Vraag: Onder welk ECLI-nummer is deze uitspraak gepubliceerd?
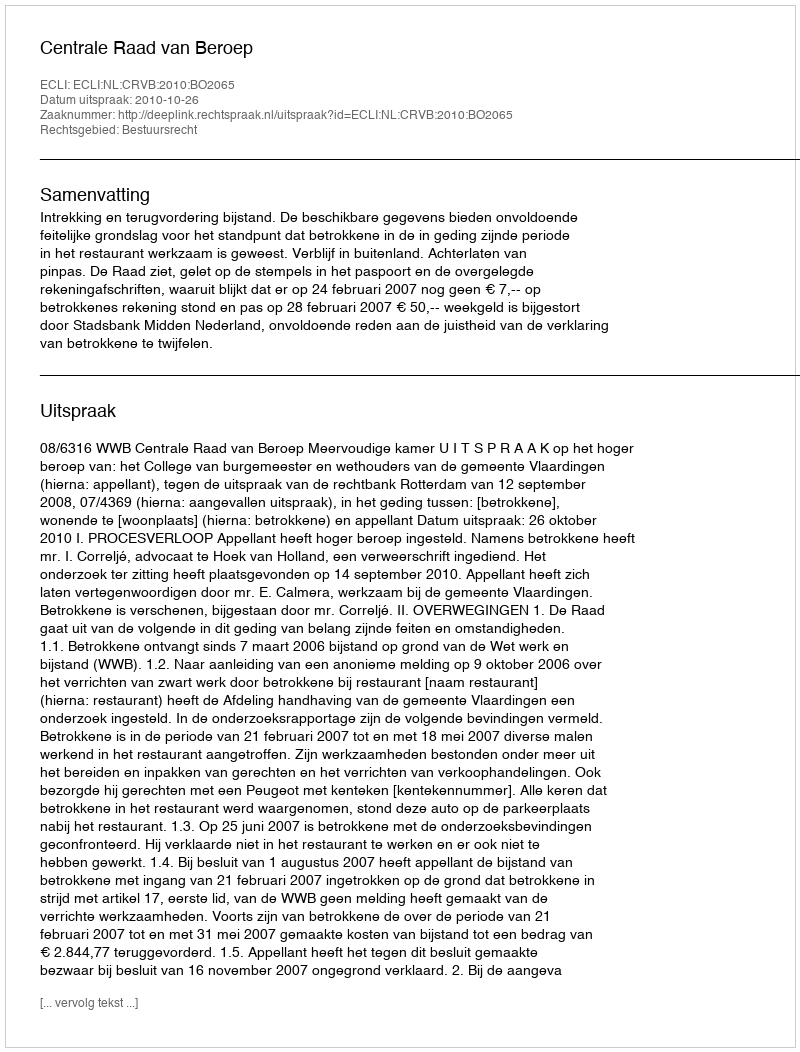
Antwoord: ECLI:NL:CRVB:2010:BO2065